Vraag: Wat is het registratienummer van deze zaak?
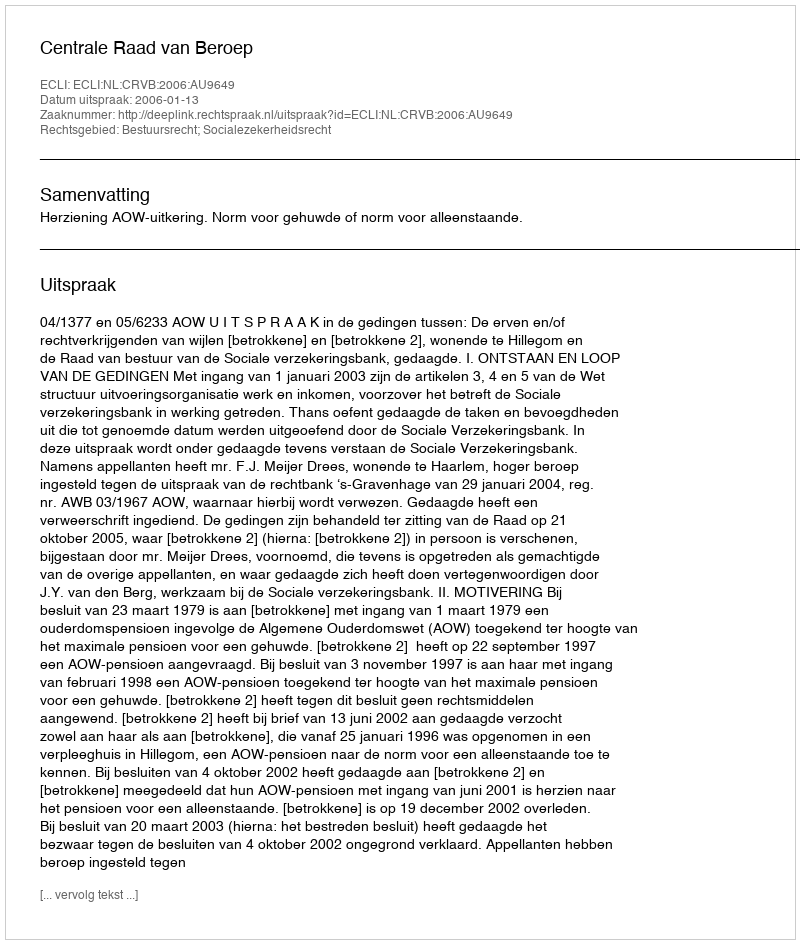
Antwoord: http://deeplink.rechtspraak.nl/uitspraak?id=ECLI:NL:CRVB:2006:AU9649